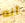
أنه